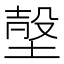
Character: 𡎷